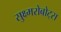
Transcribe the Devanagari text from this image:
सुक्ष्मरोबोट्स